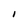
Character: I